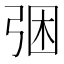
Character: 𭚲